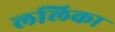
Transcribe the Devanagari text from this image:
ललिका